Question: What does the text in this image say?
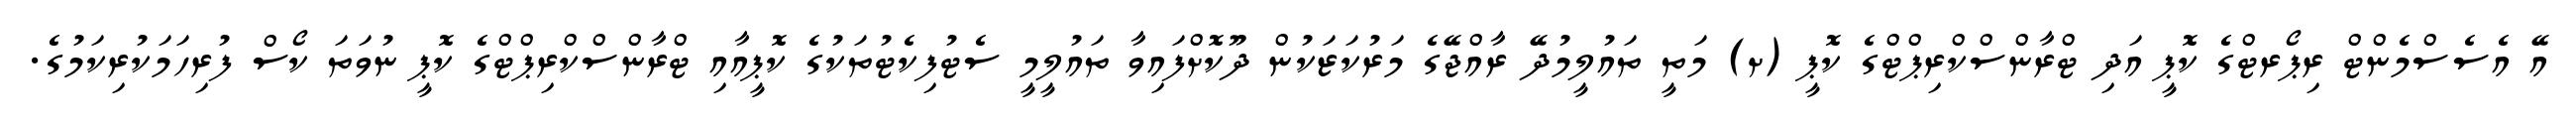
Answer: އޭ އެސެސްމެންޓް ރިޕޯރޓްގެ ކޮޕީ އަދި ޓްރާންސްކްރިޕްޓްގެ ކޮޕީ (ށ) މަތީ ތައުލީމުދޭ ރާއްޖޭގެ މަރުކަޒަކުން ދޫކޮށްފައިވާ ތައުލީމީ ސެޓުފިކެޓުތަކުގެ ކޮޕީއާއި ޓްރާންސްކްރިޕްޓްގެ ކޮޕީ ނުވަތަ ކޯސް ފުރިހަމަކުރިކަމުގެ.